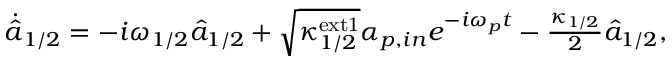
\begin{array} { r } { \Dot { \hat { a } } _ { 1 / 2 } = - i \omega _ { 1 / 2 } \hat { a } _ { 1 / 2 } + \sqrt { \kappa _ { 1 / 2 } ^ { \mathrm { e x t 1 } } } \alpha _ { p , i n } e ^ { - i \omega _ { p } t } - \frac { \kappa _ { 1 / 2 } } { 2 } \hat { a } _ { 1 / 2 } , } \end{array}